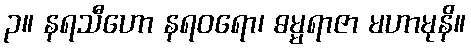
၃။ နရသီဟော နရဝရော၊ ဓမ္မရာဇာ မဟာမုနိ။